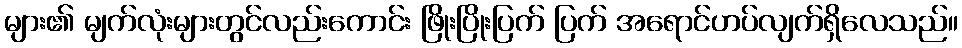
များ၏ မျက်လုံးများတွင်လည်းကောင်း ဖြိုးပြိုးပြက် ပြက် အရောင်ဟပ်လျက်ရှိလေသည်။